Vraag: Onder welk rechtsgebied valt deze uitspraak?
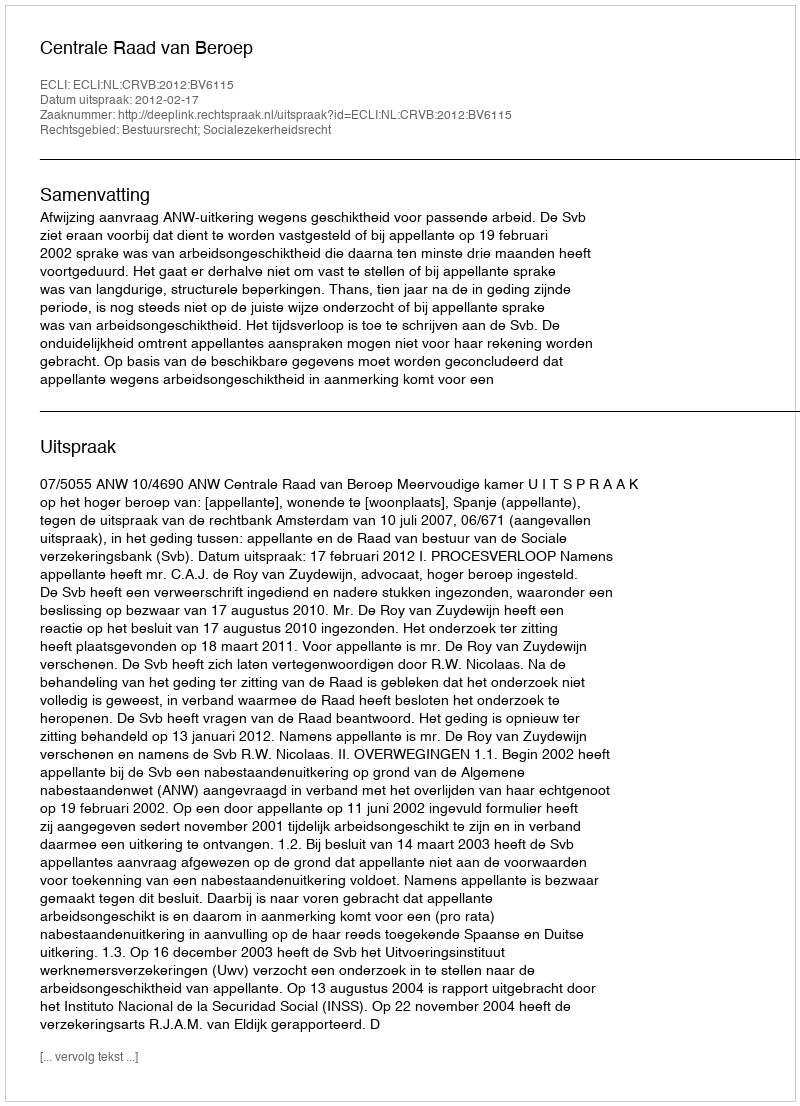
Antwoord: Bestuursrecht; Socialezekerheidsrecht